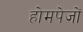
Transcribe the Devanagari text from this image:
होमपेजों